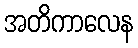
အတိကာလေန